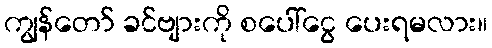
ကျွန်တော် ခင်ဗျားကို စပေါ်ငွေ ပေးရမလား။